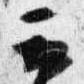
云